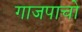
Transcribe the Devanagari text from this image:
गाजपाचो